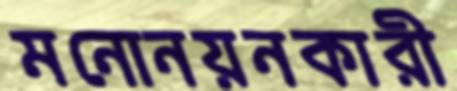
মনোনয়নকারী